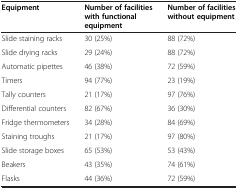
<table><thead><tr><td><b>Equipment</b></td><td><b>Number of facilities with functional equipment</b></td><td><b>Number of facilities without equipment</b></td></tr></thead><tbody><tr><td>Slide staining racks</td><td>30 (25%)</td><td>88 (72%)</td></tr><tr><td>Slide drying racks</td><td>29 (24%)</td><td>88 (72%)</td></tr><tr><td>Automatic pipettes</td><td>46 (38%)</td><td>72 (59%)</td></tr><tr><td>Timers</td><td>94 (77%)</td><td>23 (19%)</td></tr><tr><td>Tally counters</td><td>21 (17%)</td><td>97 (76%)</td></tr><tr><td>Differential counters</td><td>82 (67%)</td><td>36 (30%)</td></tr><tr><td>Fridge thermometers</td><td>34 (28%)</td><td>84 (69%)</td></tr><tr><td>Staining troughs</td><td>21 (17%)</td><td>97 (80%)</td></tr><tr><td>Slide storage boxes</td><td>65 (53%)</td><td>53 (43%)</td></tr><tr><td>Beakers</td><td>43 (35%)</td><td>74 (61%)</td></tr><tr><td>Flasks</td><td>44 (36%)</td><td>72 (59%)</td></tr></tbody></table>